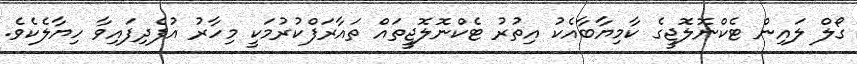
ގޯލް ލައިން ޓެކްނޮލޮޖީގެ ކާމިޔާބާއެކު އިތުރު ޓެކްނޮލޮޖީތައް ތައާރަފްކުރުމަކީ މިހާރު އުފެދިފައިވާ ހިޔާލެކެވެ.